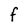
Character: F